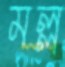
মল্ল